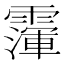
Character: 𩅴